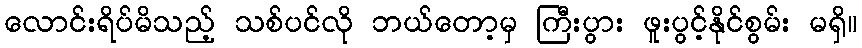
လောင်းရိပ်မိသည့် သစ်ပင်လို ဘယ်တော့မှ ကြီးပွား ဖူးပွင့်နိုင်စွမ်း မရှိ။